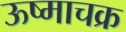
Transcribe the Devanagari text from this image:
ऊष्माचक्र